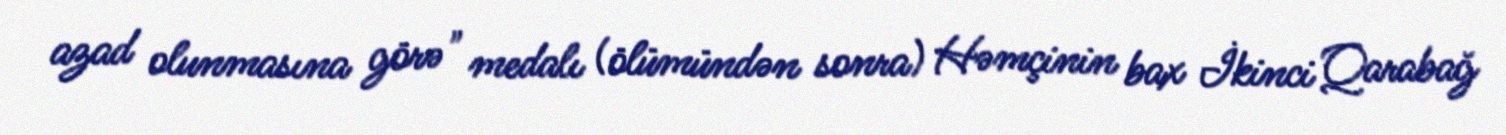
azad olunmasına görə" medalı (ölümündən sonra) Həmçinin bax İkinci Qarabağ